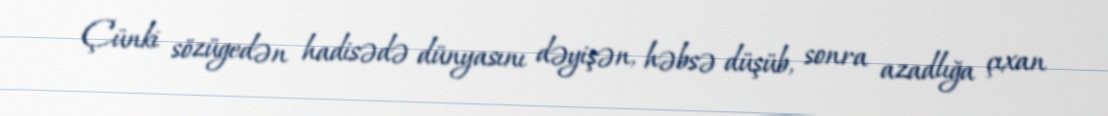
Çünki sözügedən hadisədə dünyasını dəyişən, həbsə düşüb, sonra azadlığa çıxan